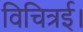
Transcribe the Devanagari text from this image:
विचित्रई।